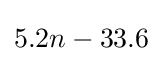
5.2n-33.6